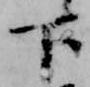
下